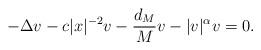
LaTeX: \begin{align*}-\Delta v - c|x|^{-2}v - \frac{d_M}{M} v - |v|^\alpha v =0.\end{align*}